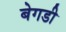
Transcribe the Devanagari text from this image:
बेगडी